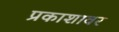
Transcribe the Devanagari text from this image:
प्रकाशावर